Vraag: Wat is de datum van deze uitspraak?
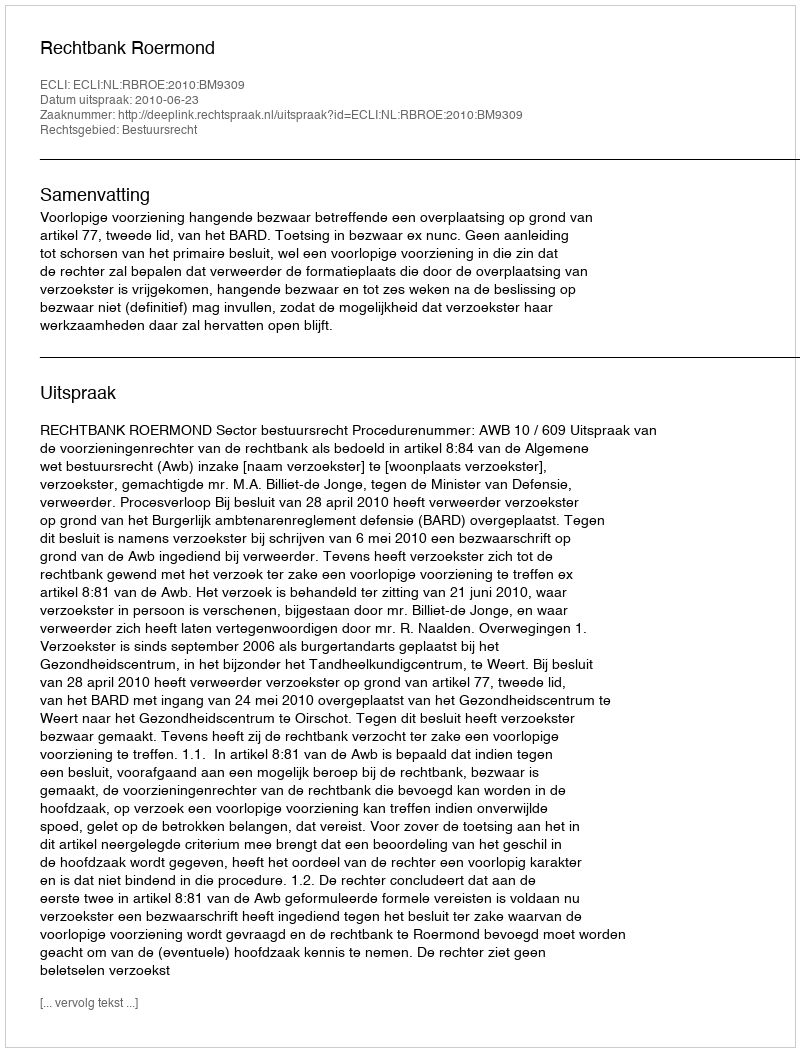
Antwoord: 2010-06-23